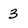
Character: 3